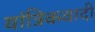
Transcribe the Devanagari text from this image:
यांत्रिकवादी